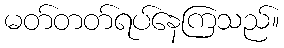
မတ်တတ်ရပ်နေကြသည်။